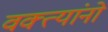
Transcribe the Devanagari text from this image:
वक्त्यांनो